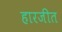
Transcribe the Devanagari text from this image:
हारजीत